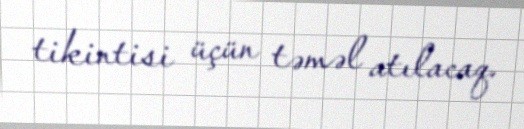
tikintisi üçün təməl atılacaq.